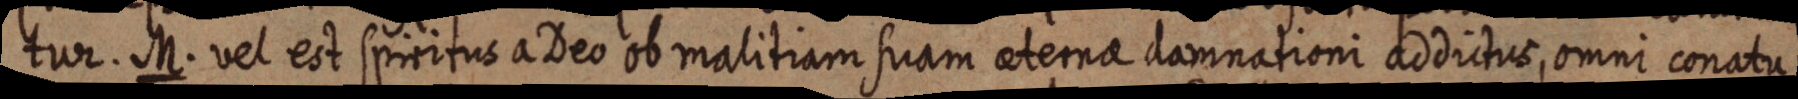
tur. M. vel est spiritus a Deo ob malitiam suam aeterna damnationi addictus, omni conatu